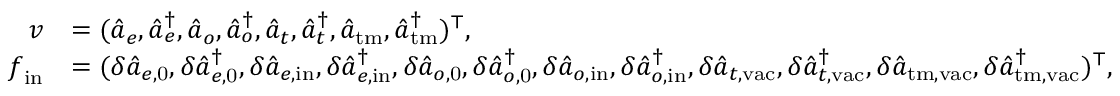
\begin{array} { r l } { \boldsymbol { v } } & { = ( \hat { a } _ { e } , \hat { a } _ { e } ^ { \dagger } , \hat { a } _ { o } , \hat { a } _ { o } ^ { \dagger } , \hat { a } _ { t } , \hat { a } _ { t } ^ { \dagger } , \hat { a } _ { \mathrm { t m } } , \hat { a } _ { \mathrm { t m } } ^ { \dagger } ) ^ { \top } , } \\ { \boldsymbol { f } _ { \mathrm { i n } } } & { = ( \delta \hat { a } _ { e , \mathrm { 0 } } , \delta \hat { a } _ { e , \mathrm { 0 } } ^ { \dagger } , \delta \hat { a } _ { e , \mathrm { i n } } , \delta \hat { a } _ { e , \mathrm { i n } } ^ { \dagger } , \delta \hat { a } _ { o , \mathrm { 0 } } , \delta \hat { a } _ { o , \mathrm { 0 } } ^ { \dagger } , \delta \hat { a } _ { o , \mathrm { i n } } , \delta \hat { a } _ { o , \mathrm { i n } } ^ { \dagger } , \delta \hat { a } _ { t , \mathrm { v a c } } , \delta \hat { a } _ { t , \mathrm { v a c } } ^ { \dagger } , \delta \hat { a } _ { \mathrm { t m , v a c } } , \delta \hat { a } _ { \mathrm { t m , v a c } } ^ { \dagger } ) ^ { \top } , } \end{array}